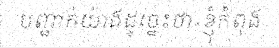
បញ្ជាក់យ៉ាងដូច្នេះថា«ខ្ញុំកំពុង